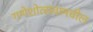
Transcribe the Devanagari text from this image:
गणेशोत्सवामधील